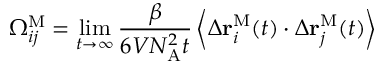
\Omega _ { i j } ^ { \mathrm { M } } = \operatorname* { l i m } _ { t \to \infty } \frac { \beta } { 6 V N _ { \mathrm { A } } ^ { 2 } t } \left\langle \Delta \mathbf { r } _ { i } ^ { \mathrm { M } } ( t ) \cdot \Delta \mathbf { r } _ { j } ^ { \mathrm { M } } ( t ) \right\rangle